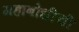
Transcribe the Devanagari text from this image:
महाबोधीची